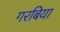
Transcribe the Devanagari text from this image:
गरबिया